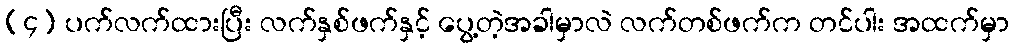
(၄) ပက်လက်ထားပြီး လက်နှစ်ဖက်နှင့် ပွေ့တဲ့အခါမှာလဲ လက်တစ်ဖက်က တင်ပါး အထက်မှာ